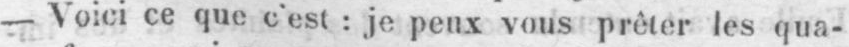
- Voici ce que c’est: je peux vous prêter les qua-